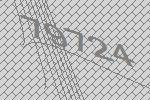
79724